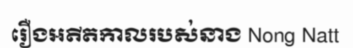
រឿងអតីតកាលរបស់នាង Nong Natt